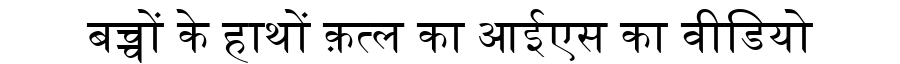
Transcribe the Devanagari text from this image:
बच्चों के हाथों क़त्ल का आईएस का वीडियो